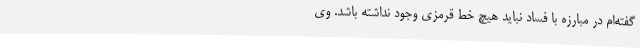
گفته‌ام در مبارزه با فساد نباید هیچ خط قرمزی وجود نداشته باشد. وی